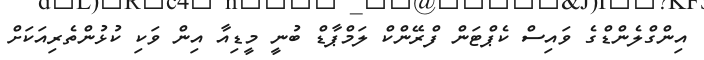
އިންގްލެންޑްގެ ވައިސް ކެޕްޓަން ފްރޭންކް ލަމްޕާޑް ބުނީ މީޑިއާ އިން ވަކި ކުޅުންތެރިއަކަށް